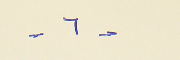
- ٦ -